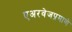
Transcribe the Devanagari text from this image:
एअरवेजप्रमाणे